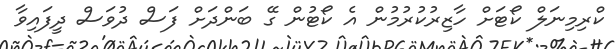
ކްރިމިނަލް ކޯޓަށް ހާޒިރުކުރުމުން އެ ކޯޓުން ގޭ ބަންދަށް ފަސް ދުވަސް ދީފައިވާ